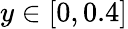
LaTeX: y\in[0,0.4]